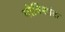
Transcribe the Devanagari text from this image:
गोविशांक